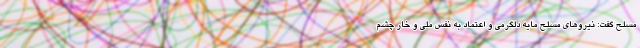
مسلح گفت: نیروهای مسلح مایه دلگرمی و اعتماد به نفس ملی و خار چشم